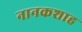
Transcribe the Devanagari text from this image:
नानकशाह